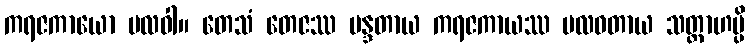
ကရဇကာယော ဗလဝါ။ တေသံ တေဇဿ မန္ဒတာယ ကရဇကာယဿ ဗလဝတာယ သတ္တာဟမ္ပိ